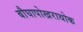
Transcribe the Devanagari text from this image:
बौघापोखराथोक